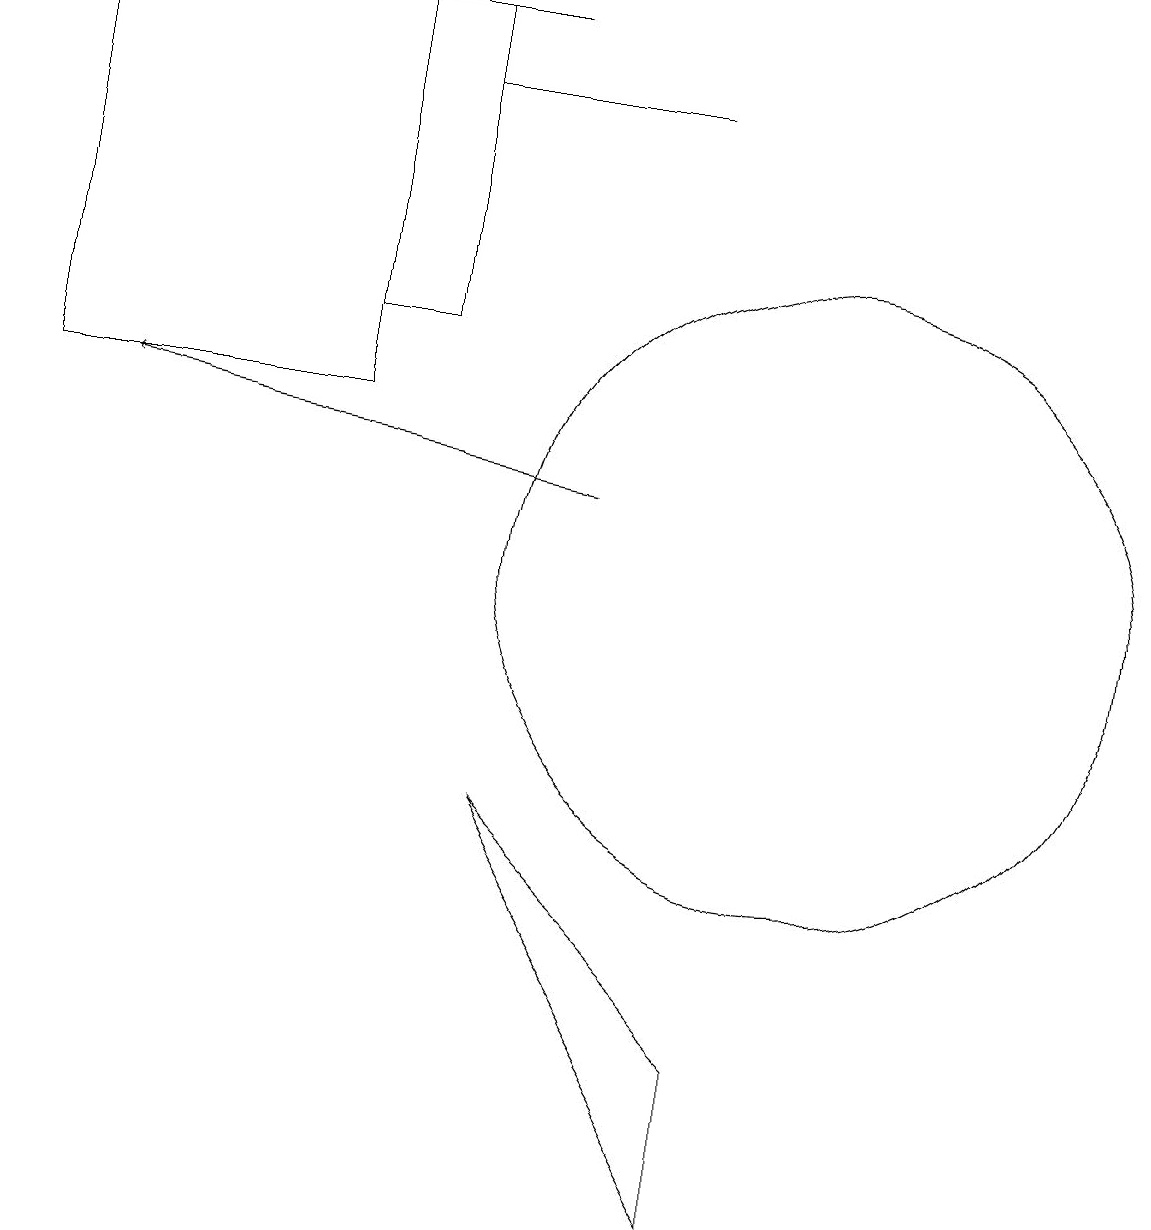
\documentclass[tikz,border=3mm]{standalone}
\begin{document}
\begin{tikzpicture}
\draw (5,13) rectangle (4,17);
\draw (10,10) circle (4);
\draw (0,17) rectangle (6,17);
\draw (9,2) -- (6,7) -- (9,4) -- cycle;
\draw (10,10) circle (0);
\draw (0,17) rectangle (4,12);
\draw[->] (7,11) -- (1,12);
\draw (8,16) rectangle (5,16);
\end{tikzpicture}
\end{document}